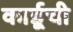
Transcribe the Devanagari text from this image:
कार्डूची